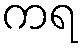
ကရ